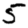
Digit: 5